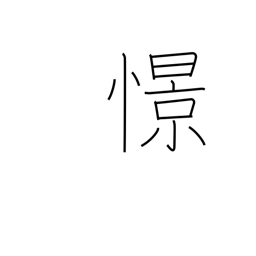
Meaning: yearn for